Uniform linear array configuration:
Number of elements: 64
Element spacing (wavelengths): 0.75
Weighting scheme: blackman
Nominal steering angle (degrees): -60
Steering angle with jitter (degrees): -59.786
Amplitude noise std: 0.05
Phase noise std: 0.05

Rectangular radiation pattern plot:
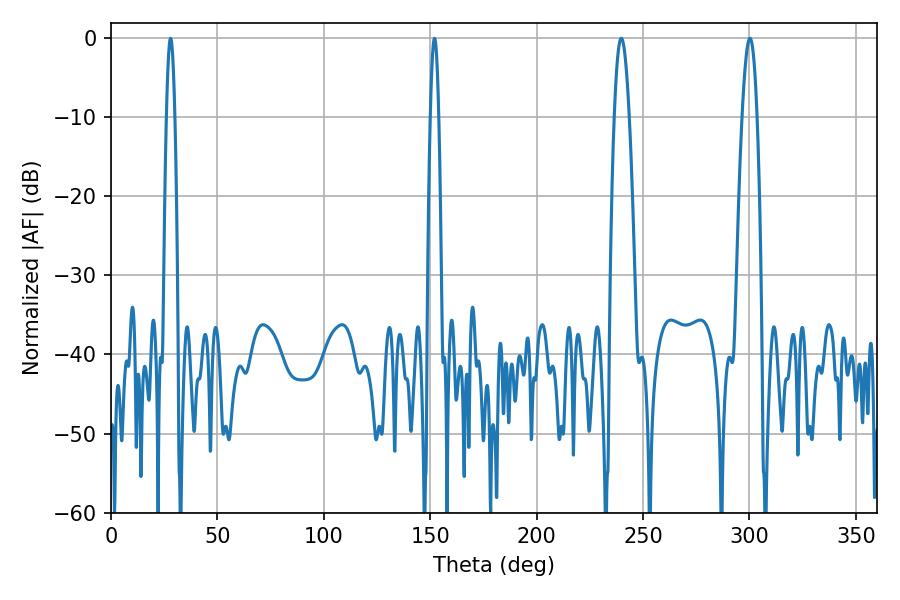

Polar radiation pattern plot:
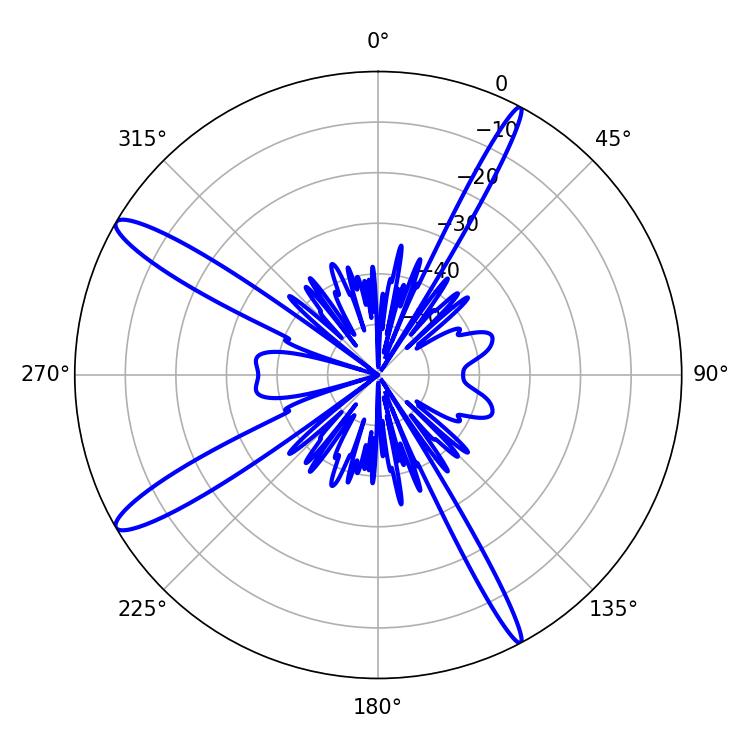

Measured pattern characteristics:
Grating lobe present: TRUE
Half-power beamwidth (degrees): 3.78
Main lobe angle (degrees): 300.24